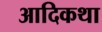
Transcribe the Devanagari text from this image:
आदिकथा